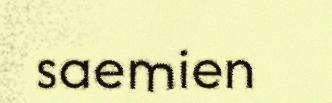
saemien